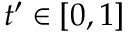
t ^ { \prime } \in [ 0 , 1 ]